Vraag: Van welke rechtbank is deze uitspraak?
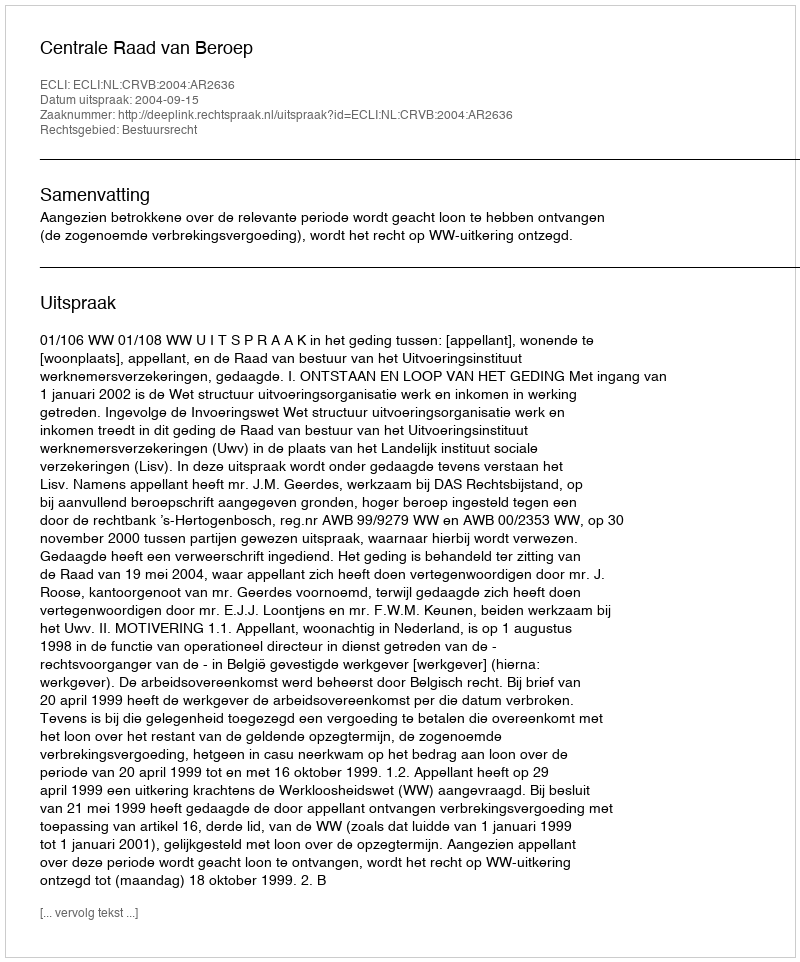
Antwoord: Centrale Raad van Beroep